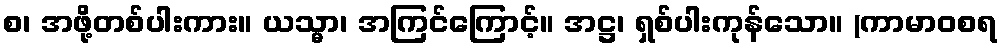
စ၊ အဖို့တစ်ပါးကား။ ယသ္မာ၊ အကြင်ကြောင့်။ အဋ္ဌ၊ ရှစ်ပါးကုန်သော။ (ကာမာဝစရ